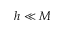
h \ll M